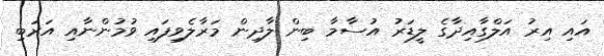
އައި އިރު އަލްގާއިދާގެ ލީޑަރު އުސާމާ ބިން ލާދިން މަރާލެވިފައި ވުމުންނާއި އަރަބި